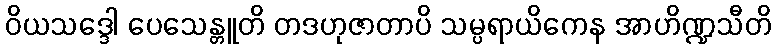
ဝိယသဒ္ဒေါ ပေသေန္တူတိ တဒဟုဇာတာပိ သမ္ပရာယိကေန အာဟိဏ္ဍသီတိ